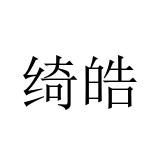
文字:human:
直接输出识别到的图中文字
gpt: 绮皓